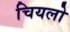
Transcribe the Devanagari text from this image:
चियलो